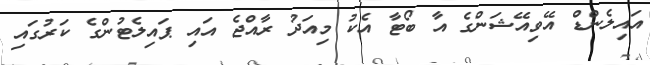
އައިލެންޑް އޭވިއޭޝަންގެ އާ ބޯޓާ އެކު މިއަދު ރާއްޖެ އައި ޕައިލެޓުންގެ ކަރުގައި